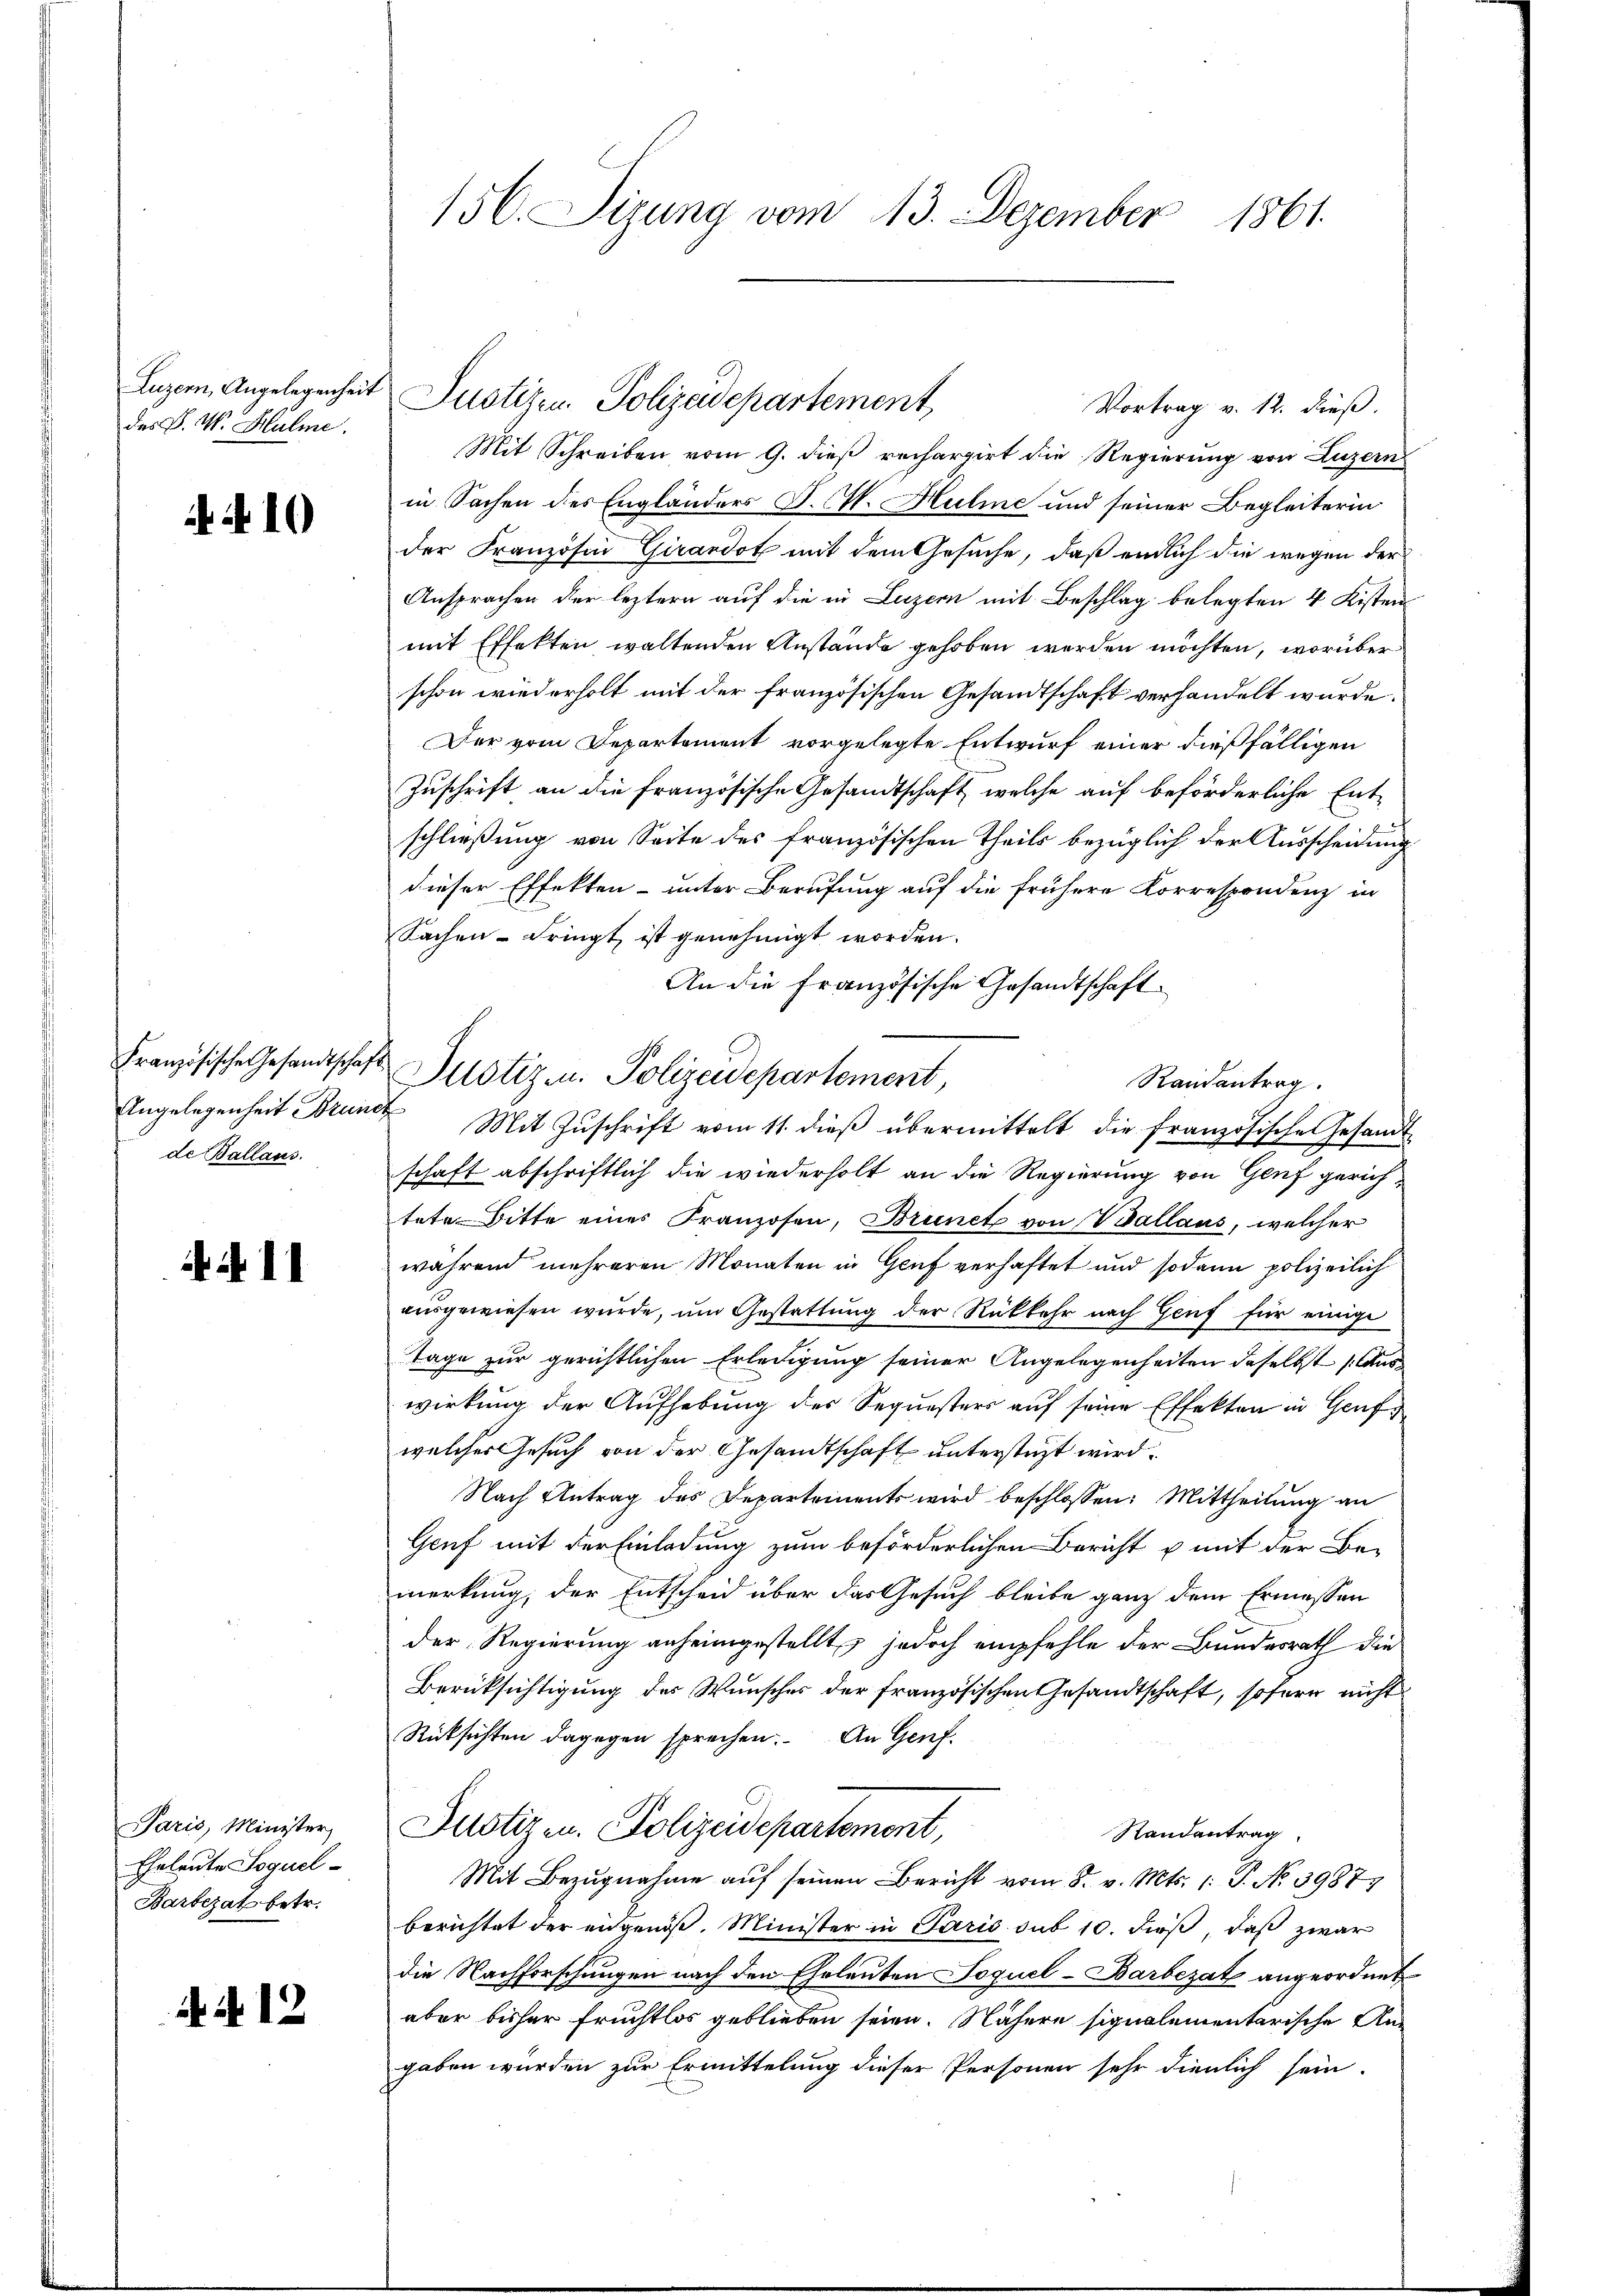
Luzern, Angelegenheit
des L. W. Halme

410

Französische Gesandtscha
Angelegenheit Bren
de Ballaus.

411

Paris, Minister,
Eheleute Sequel¬
Barbezat betr.

44. 12

156. Sizung vom 13. Dezember 1861.

Justiren Polizeidepartement,

Vortrag v. 12. dieß.
Mit Schreiben vom 9. dieß rechargirt die Regierung von Luzern
in Sachen des Engländers J. M. Huline und seiner Begleiterin
der Französin Girardot mit dem Gesuche, daß endlich die wegen der
Ansprachen der leztern auf die in Luzern mit Beschlag belegten 4 Kisten
mit Effekten waltenden Anstände gehoben werden möchten, worüber
schon wiederholt mit der französischen Gesandtschaft verhandelt wurde.
Der vom Departement vorgelegte Entwurf einer dießfälligen
Zuschrift an die französische Gesandtschaft, welche auf beförderliche Ent-
schließung von Seite des französischen Theils bezüglich der Ausscheidung
dieser Effekten- unter Berufung auf die frühere Korrespondenz in
Sachen-Fringt ist genehmigt worden.
An die Französische Gesandtschaft.
Randantrag.
c
Mit Zuschrift vom 11. dieß übermittelt die französische Gesandt
schaft abschriftlich die wiederholt an die Regierung von Genf gerichtete Bitte eines Franzosen, Brunet von Wallaus, welcher
während mehreren Monaten in Genf verhaftet und sodann polizeilich
ausgewiesen wurde, um Gestattung der Rückkehr nach Genf für einige
Tage zur gerichtlichen Erledigung seiner Angelegenheiten daselbst Auswirkung der Aufhebung der Sequesters auf seine Effekten in Genf
welcher Gesuch von der Gesandtschaft unterstüzt wird.
Nach Antrag des Departements wird beschlossen: Mittheilung an
Genf mit der Einladung zum beförderlichen Bericht u mit der Be-
merkung, der Entscheid über das Gesuch bleibe ganz dem Ermessen
der Regierung anheimgestellt, jedoch empfehle der Bundesrath die
Berücksichtigung des Wunsches der französischen Gesandtschaft, sofern nicht
Rücksichten dagegen sprechen. An Genf.
Justizen. Polizeidepartement,
Randantrag
Mit Bezugnahme auf seinen Bericht vom 8. v. Mts. 1: P. No. 3987
berichtet der angenoß. Minister in Paris sub 10. dieß, daß zwar
die Nachforschungen nach den Eheleuten Toquel-Barbezat angeordnet
aber bisher Fruchtlos geblieben seien. Nähere signalementarische Angaben würden zur Ermittelung dieser Personen sehr dienlich sein.

Justizen. Polizeidepartement,